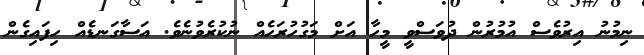
ނިމުނު އިރުވެސް އުމުރުން ދުވަސްވީ މީހާ އަށް މަގުހުރަހެއް ނުކުރެވުނެވެ. އަސާގަނޑެއް ހިފައިގެން